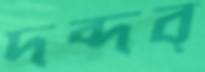
দব্‌দব্‌